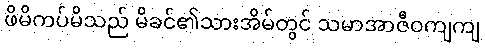
ဖိမိကပ်မိသည် မိခင်၏သားအိမ်တွင် သမာအာဇီဝကျကျ